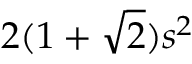
2 ( 1 + { \sqrt { 2 } } ) s ^ { 2 } \,